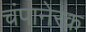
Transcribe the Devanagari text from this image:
चंपानेरक